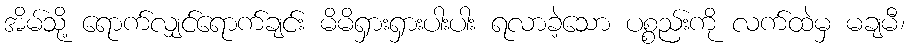
အိမ်သို့ ရောက်လျှင်ရောက်ချင်း မိမိရှားရှားပါးပါး ရလာခဲ့သော ပစ္စည်းကို လက်ထဲမှ မချမီ၊